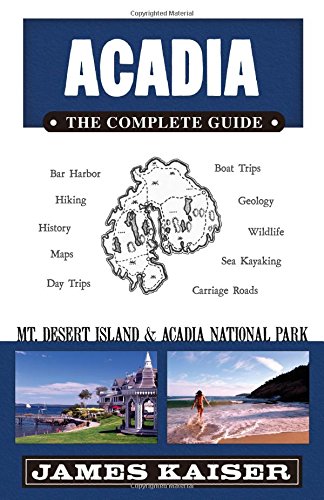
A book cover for Acadia: The Complete Guide: Mt Desert Island & Acadia National Park; James Kaiser; Sports & Outdoors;